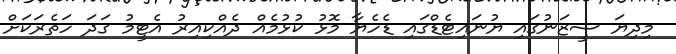
މިދިޔަ ސީޒަނުގައި ޔުނައިޓެޑްގައި ޑެހެޔާ މޮޅު ކުޅުމެއް ދެއްކިއިރު އެޓީމު ގަދަ ހަތެރަކަށް